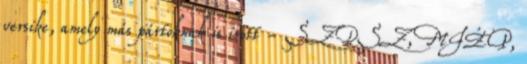
versike, amely más pártoknak is írott - SZDSZ, MIÉP,